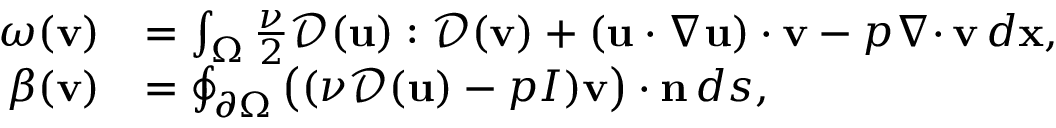
\begin{array} { r l } { \omega ( { \mathbf v } ) } & { = \int _ { \Omega } \frac { \nu } { 2 } { \mathcal { D } } ( { \mathbf u } ) : { \mathcal { D } } ( { \mathbf v } ) + ( { \mathbf u } \cdot \nabla { \mathbf u } ) \cdot { \mathbf v } - p { { \nabla \cdot } \, } { \mathbf v } \, d { \mathbf x } , } \\ { \beta ( { \mathbf v } ) } & { = \oint _ { { \partial \Omega } } \big ( ( \nu { \mathcal { D } } ( { \mathbf u } ) - p I ) { \mathbf v } \big ) \cdot { \mathbf n } \, d s , } \end{array}